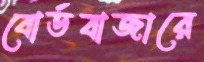
বোর্ডবাজারে